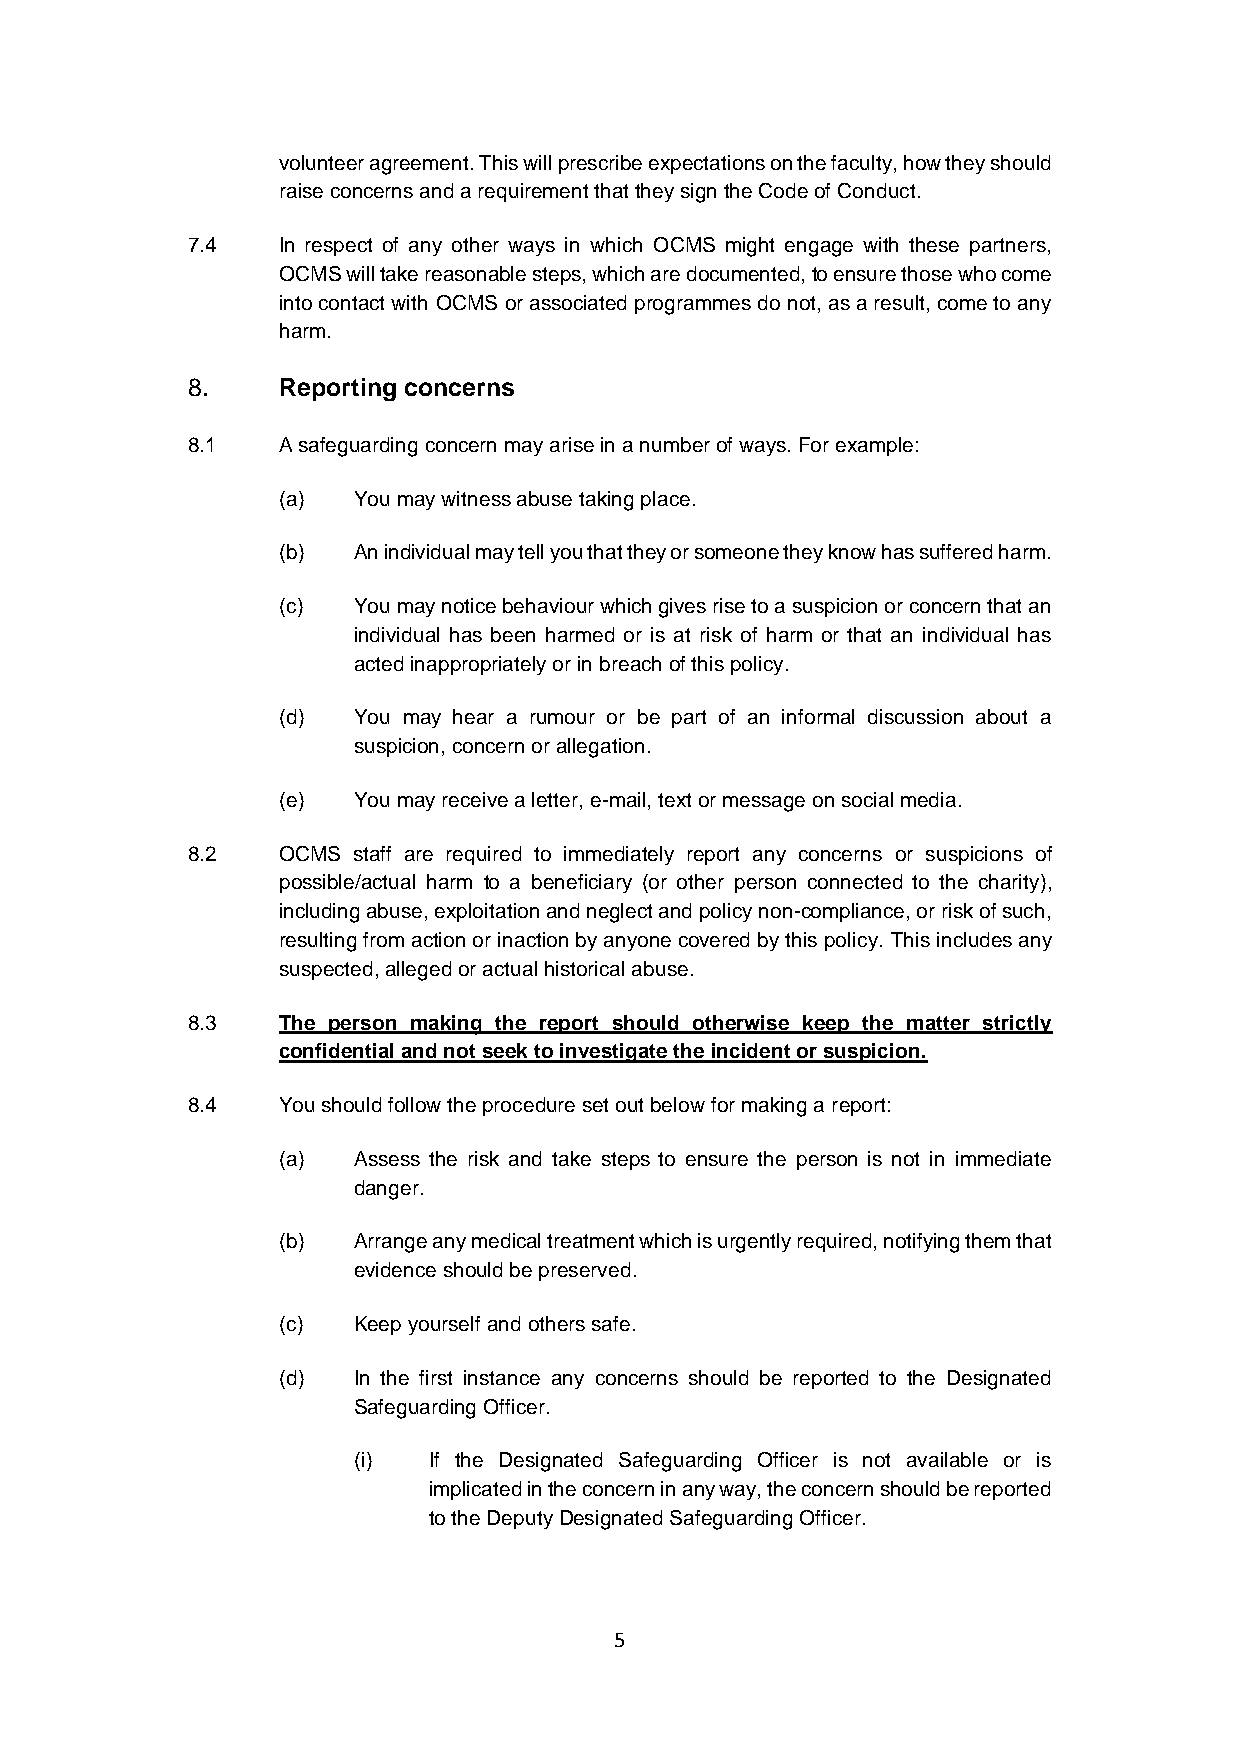
volunteer agreement. This will prescribe expectations on the faculty, how they should
 raise concerns and a requirement that they sign the Code of Conduct.
 7.4   In respect of any other ways in which OCMS might engage with these partners,
 OCMS will take reasonable steps, which are documented, to ensure those who come
 into contact with OCMS or associated programmes do not, as a result, come to any
 harm.
 8.    Reporting concerns
 8.1   A safeguarding concern may arise in a number of ways. For example:
 (a)  You may witness abuse taking place.
 (b)  An individual may tell you that they or someone they know has suffered harm.
 (c)  You may notice behaviour which gives rise to a suspicion or concern that an
 individual has been harmed or is at risk of harm or that an individual has
 acted inappropriately or in breach of this policy.
 (d)  You may hear a rumour or be part of an informal discussion about a
 suspicion, concern or allegation.
 (e)  You may receive a letter, e-mail, text or message on social media.
 8.2   OCMS staff are required to immediately report any concerns or suspicions of
 possible/actual harm to a beneficiary (or other person connected to the charity),
 including abuse, exploitation and neglect and policy non-compliance, or risk of such,
 resulting from action or inaction by anyone covered by this policy. This includes any
 suspected, alleged or actual historical abuse.
 8.3   The person making the report should otherwise keep the matter strictly
 confidential and not seek to investigate the incident or suspicion.
 8.4   You should follow the procedure set out below for making a report:
 (a)  Assess the risk and take steps to ensure the person is not in immediate
 danger.
 (b)  Arrange any medical treatment which is urgently required, notifying them that
 evidence should be preserved.
 (c)  Keep yourself and others safe.
 (d)  In the first instance any concerns should be reported to the Designated
 Safeguarding Officer.
 (i)  If the Designated Safeguarding Officer is not available or is
 implicated in the concern in any way, the concern should be reported
 to the Deputy Designated Safeguarding Officer.
 5